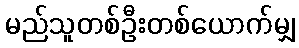
မည်သူတစ်ဦးတစ်ယောက်မျှ